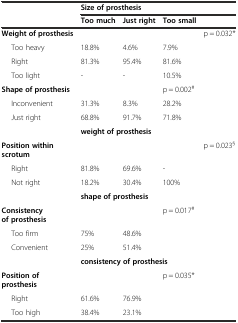
<table><thead><tr><td></td><td colspan="4"><b>Size of prosthesis</b></td></tr><tr><td></td><td><b>Too much</b></td><td><b>Just right</b></td><td><b>Too small</b></td><td></td></tr></thead><tbody><tr><td><b>Weight of prosthesis</b></td><td></td><td></td><td></td><td>p = 0.032*</td></tr><tr><td>Too heavy</td><td>18.8%</td><td>4.6%</td><td>7.9%</td><td></td></tr><tr><td>Right</td><td>81.3%</td><td>95.4%</td><td>81.6%</td><td></td></tr><tr><td>Too light</td><td>-</td><td>-</td><td>10.5%</td><td></td></tr><tr><td><b>Shape of prosthesis</b></td><td></td><td></td><td>p = 0.002<sup>#</sup></td><td></td></tr><tr><td>Inconvenient</td><td>31.3%</td><td>8.3%</td><td>28.2%</td><td></td></tr><tr><td>Just right</td><td>68.8%</td><td>91.7%</td><td>71.8%</td><td></td></tr><tr><td></td><td colspan="4"><b>weight of prosthesis</b></td></tr><tr><td><b>Position within scrotum</b></td><td></td><td></td><td></td><td>p = 0.023<sup>§</sup></td></tr><tr><td>Right</td><td>81.8%</td><td>69.6%</td><td>-</td><td></td></tr><tr><td>Not right</td><td>18.2%</td><td>30.4%</td><td>100%</td><td></td></tr><tr><td></td><td colspan="4"><b>shape of prosthesis</b></td></tr><tr><td><b>Consistency of prosthesis</b></td><td></td><td></td><td>p = 0.017<sup>#</sup></td><td></td></tr><tr><td>Too firm</td><td>75%</td><td>48.6%</td><td></td><td></td></tr><tr><td>Convenient</td><td>25%</td><td>51.4%</td><td></td><td></td></tr><tr><td></td><td colspan="4"><b>consistency of prosthesis</b></td></tr><tr><td><b>Position of prosthesis</b></td><td></td><td></td><td>p = 0.035*</td><td></td></tr><tr><td>Right</td><td>61.6%</td><td>76.9%</td><td></td><td></td></tr><tr><td>Too high</td><td>38.4%</td><td>23.1%</td><td></td><td></td></tr></tbody></table>